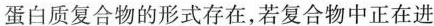
蛋白质复合物的形式存在，若复合物中正在进